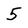
Character: 5